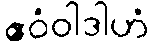
ဧဝံဝါဒါဟံ